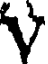
V